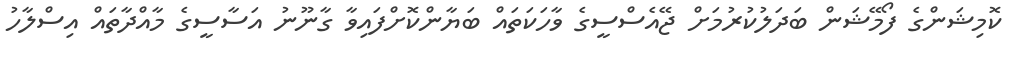
ކޮމިޝަންގެ ފޯމޭޝަން ބަދަލުކުރުމަށް ޖޭއެސްސީގެ ވާހަކަތައް ބަޔާންކޮށްފައިވާ ގާނޫނު އަސާސީގެ މާއްދާތައް އިސްލާހު